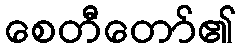
စေတီတော်၏